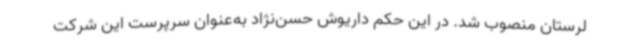
لرستان منصوب شد. در این حکم داریوش حسن‌نژاد به‌عنوان سرپرست این شرکت